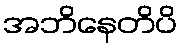
အဘိနေတိပိ